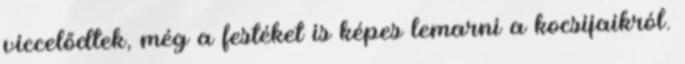
viccelődtek, még a festéket is képes lemarni a kocsijaikról.